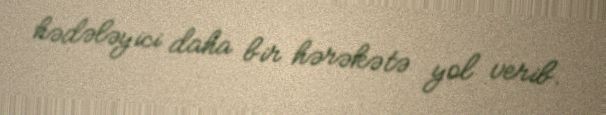
hədələyici daha bir hərəkətə yol verib.